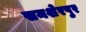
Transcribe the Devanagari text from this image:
समशेरपुर